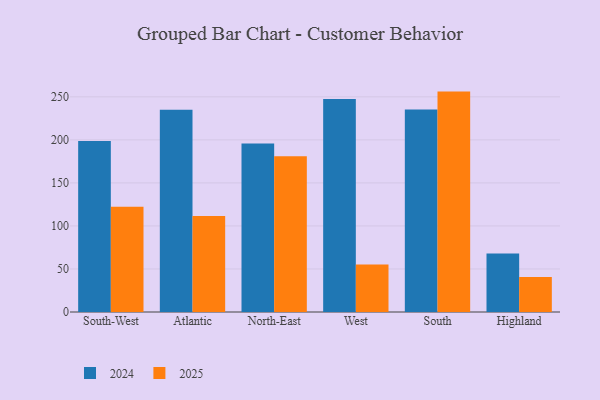
{"axis": {"x": "Region", "y": "Demand Index"}, "legend": ["2024", "2025"], "data": [{"x": "South-West", "y": 122.2, "type": "2025"}, {"x": "South-West", "y": 198.6, "type": "2024"}, {"x": "Atlantic", "y": 111.5, "type": "2025"}, {"x": "Atlantic", "y": 235.1, "type": "2024"}, {"x": "North-East", "y": 181.1, "type": "2025"}, {"x": "North-East", "y": 195.7, "type": "2024"}, {"x": "West", "y": 55.3, "type": "2025"}, {"x": "West", "y": 247.6, "type": "2024"}, {"x": "South", "y": 256.1, "type": "2025"}, {"x": "South", "y": 235.2, "type": "2024"}, {"x": "Highland", "y": 40.8, "type": "2025"}, {"x": "Highland", "y": 68.1, "type": "2024"}]}